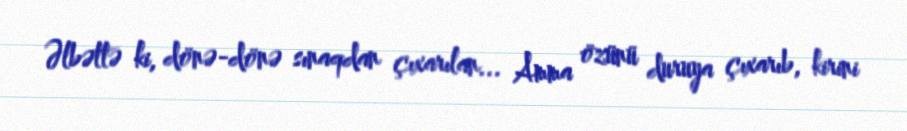
Əlbəttə ki, dönə-dönə sınaqdan çıxarılan... Amma özünü duruya çıxarıb, kirini